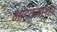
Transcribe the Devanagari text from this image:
भांडवलशहा